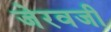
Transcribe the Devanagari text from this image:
जेरवजी